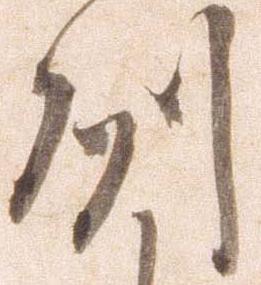
州